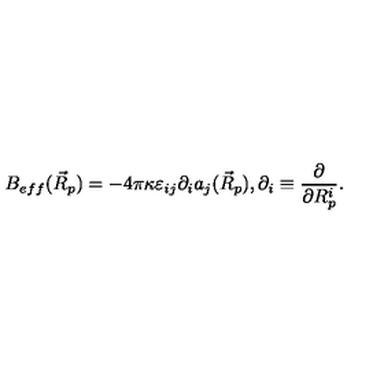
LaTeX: B _ { e f f } ( \vec { R } _ { p } ) = - 4 \pi \kappa \varepsilon _ { i j } \partial _ { i } a _ { j } ( \vec { R } _ { p } ) , \partial _ { i } \equiv \frac { \partial } { \partial R _ { p } ^ { i } } .